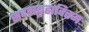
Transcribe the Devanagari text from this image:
सदसद्ब्रह्मवित्तमः